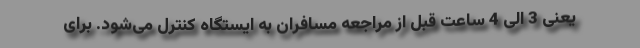
یعنی 3 الی 4 ساعت قبل از مراجعه مسافران به ایستگاه کنترل می‌شود. برای